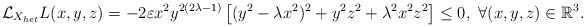
\begin{align*}\mathcal{L}_{X_{het}}L(x,y,z)= -2\varepsilon x^2 y^{2(2\lambda -1)}\left[(y^2-\lambda x^2)^2 +y^2 z^2 + \lambda ^2 x^2 z^2 \right] \leq 0, ~\forall (x,y,z)\in\mathbb{R}^3.\end{align*}